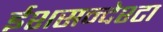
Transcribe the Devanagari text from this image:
ईशसन्देश्टा